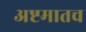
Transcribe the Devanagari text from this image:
अष्टमातच